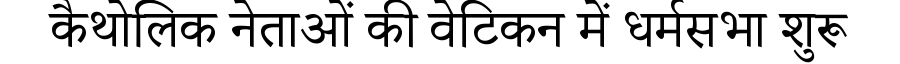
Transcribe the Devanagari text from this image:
कैथोलिक नेताओं की वेटिकन में धर्मसभा शुरू